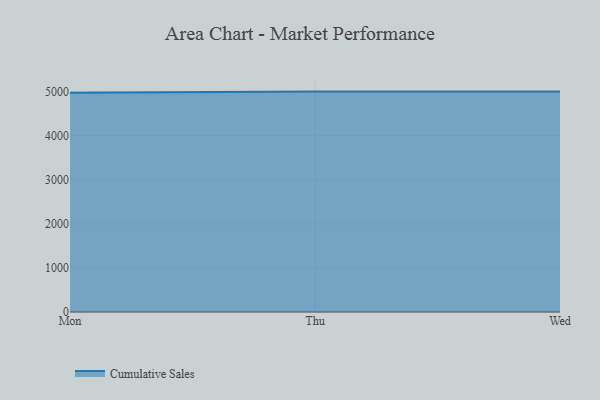
{"axis": {"x": "Day", "y": "Page Views"}, "legend": ["Cumulative Sales"], "data": [{"x": "Mon", "y": 4976.0, "type": "Cumulative Sales"}, {"x": "Thu", "y": 5000, "type": "Cumulative Sales"}, {"x": "Wed", "y": 5000, "type": "Cumulative Sales"}]}